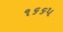
૧૬૬૫